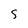
Character: S